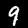
Label: 9